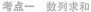
考点一数列求和